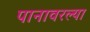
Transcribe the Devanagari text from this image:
पानावरल्या